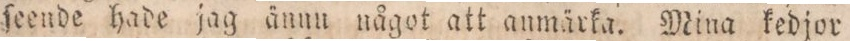
ſeende hade jag ännu något att anmärka. Mina kedjor